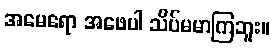
အမေရော အဖေပါ သိပ်မမာကြဘူး။